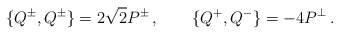
\begin{align*}\{Q^\pm,Q^\pm\}=2\sqrt2 P^\pm\,,\qquad \{Q^+,Q^-\}=-4P^\perp\,.\end{align*}